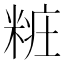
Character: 𰫁